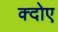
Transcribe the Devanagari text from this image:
क्दोए